Civil Veterinary Dept. Bombay admin report 1923-31 - 1923-1931
Year: 1923
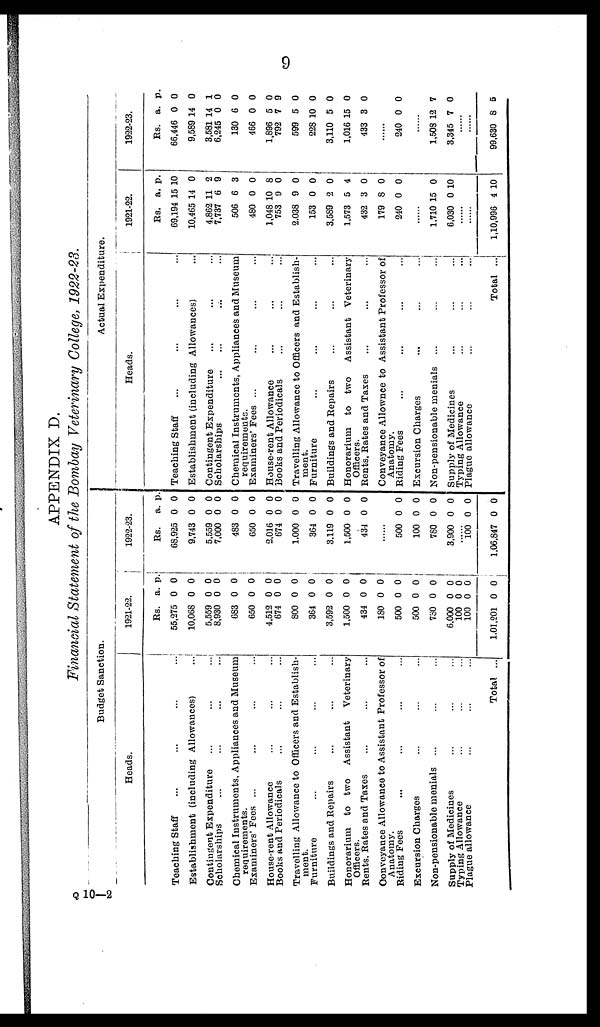
9
APPENDIX D.
Financial Statement of the Bombay Veterinary College, 1922-23.
Budget Sanction.
Heads.
Teaching Staff ... ... ... ...
Establishment (including Allowances) ...
Contingent Expenditure ... ... ...
Scholarships ... ... ... ...
Chemical Instruments, Appliances and Museum
requirements.
Examiners' Fees ... ... ... ...
House-rent Allowance ... ... ...
Books and Periodicals ... ... ...
Travelling Allowance to Officers and Establish-
ment.
Furniture ... ... ... ...
Buildings and Repairs ... ... ...
Honorarium to two Assistant
Veterinary
Officers.
Rents, Rates and Taxes ... ... ...
Conveyance Allowance to Assistant Professor of
Anatomy.
Riding Fees ... ... ... ...
Excursion Charges ... ... ...
Non-pensionable menials ... ... ...
Supply of Medicines ... ... ...
Typing Allowance ... ... ...
Plague allowance ... ... ...
Total ...
1921-22.
Rs.
55,275
10,068
5,559
8,930
683
650
4,512
674
800
364
3,592
1,500
434
180
500
500
780
6,000
100
100
1,01,201
a.
0
0
0
0
0
0
0
0
0
0
0
0
0
0
0
0
0
0
0
0
0
p.
0
0
0
0
0
0
0
0
0
0
0
0
0
0
0
0
0
0
0
0
0
1922-23.
Rs.
68,925
9,743
5,559
7,000
483
650
2,016
674
1,000
364
3,119
1,500
434
..
500
100
780
3,900
..
100
1,06,847
a.
0
0
0
0
0
0
0
0
0
0
0
0
0
..
0
0
0
0
.. 0
0
p.
0
0
0
0
0
0
0
0
0
0
0
0
0
..
0
0
0
0
.. 0
0
Actual Expenditure.
Heads.
Teaching Staff ... ... ... ...
Establishment (including Allowances) ...
Contingent Expenditure ... ... ...
Scholarships ... ... ... ...
Chemical Instruments, Appliances and Museum
requirements.
Examiners' Fees ... ... ... ...
House-rent Allowance ... ... ...
Books and Periodicals ... ... ...
Travelling Allowance to Officers and Establish-
ment.
Furniture ... ... ... ...
Buildings and Repairs ... ... ...
Honorarium to two
Assistant Veterinary
Officers.
Rents, Rates and Taxes ... ... ...
Conveyance Allownce to Assistant Professor of
Anatomy.
Riding Fees ... ... ... ...
Excursion Charges ... ... ...
Non-pensionable menials ... ... ...
Supply of Medicines ... ... ...
Typing Allowance ... ... ...
Plague allowance ... ... ...
Total ....
1921-22.
Rs.
69,194
10,465
4,862
7,737
506
480
1,048
753
2,038
153
3,589
1,573
432
179
240
......
1,710
6,030
..
..
1,10,996
a.
15
14
11
6
6
0
10
9
9
0
2
5
3
8
0
15
0
..
..
4 1
p.
10
0
2
9
3
0
8
0
0
0
0
4
0
0
0
0
10
..
..
0
1922-23.
Rs.
66,446
9,589
3,581
6,245
130
466
1,896
792
599
228
3,110
1,016
433
..
240
..
1,508
3,345
..
..
99,630
a.
0
14
14
0
6
0
5
7
5
10
5
15
3
..
0
..
12
7
..
..
8
p.
0
0
1
0
0
0
0
9
0
0
0
0
0
..
0
..
7
0
..
..
5
Q 10-2